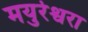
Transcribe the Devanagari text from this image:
मयुरेश्वरा